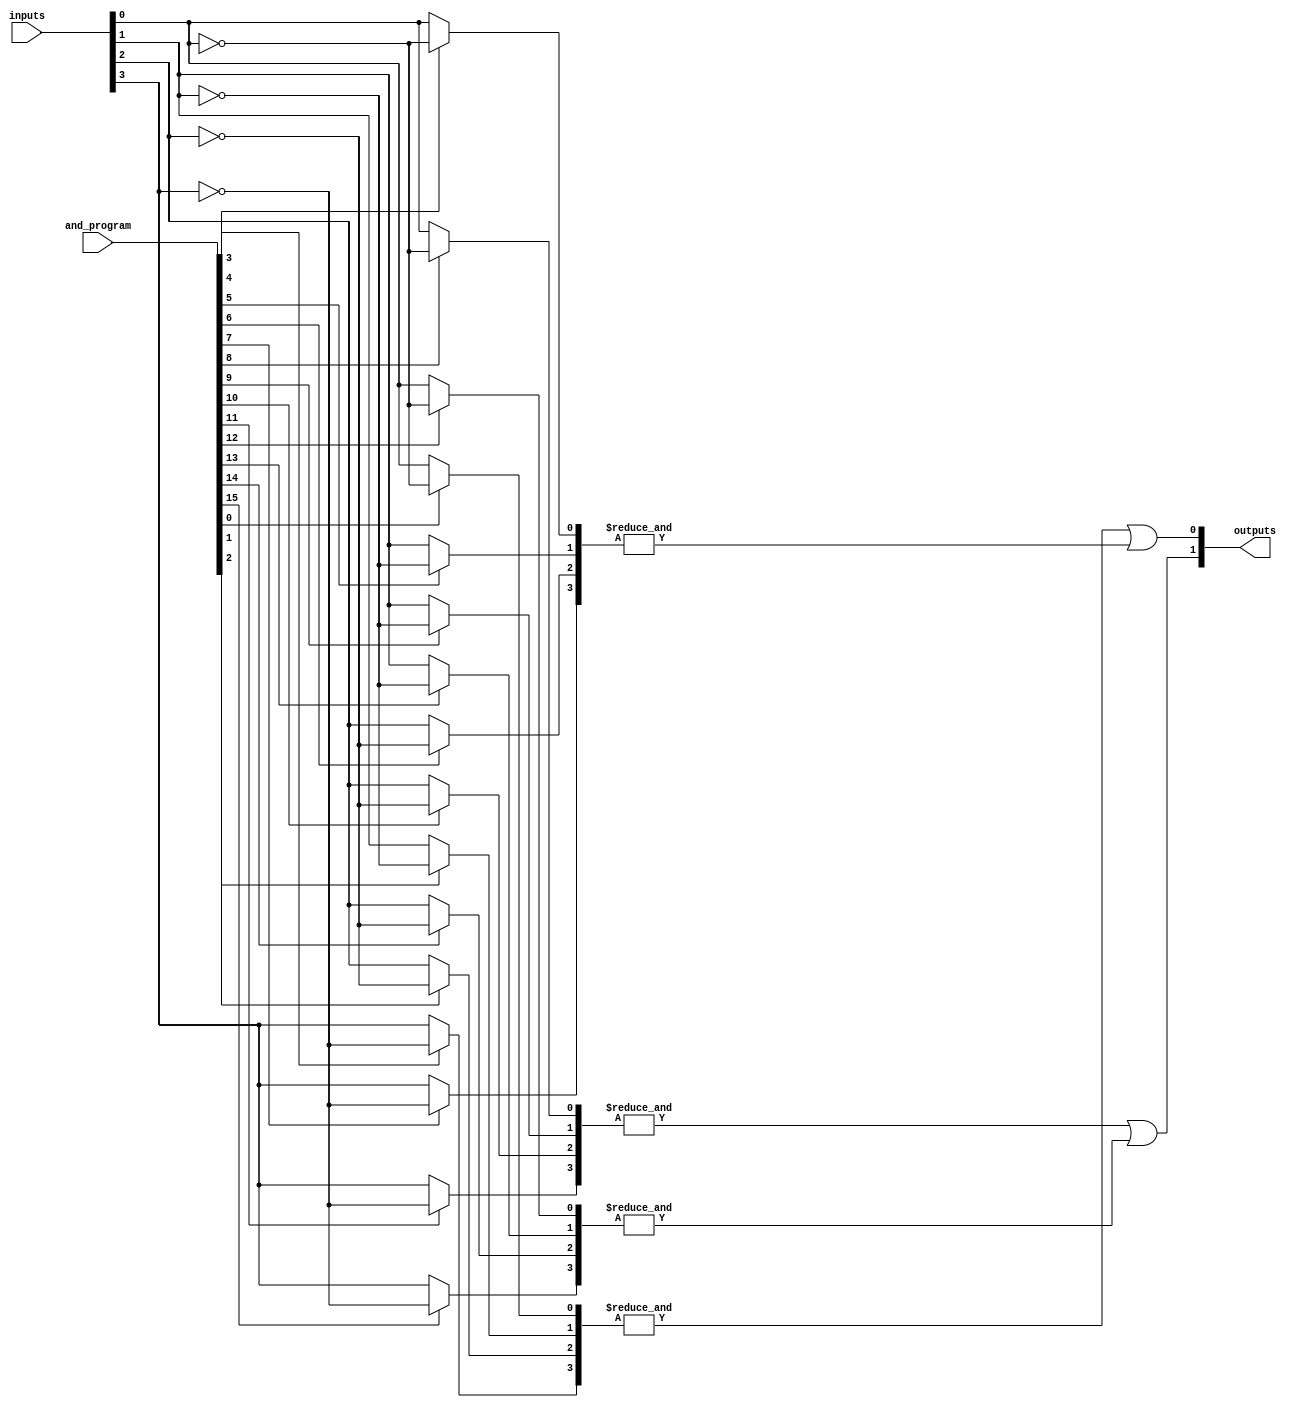
module GPAL #(
    parameter N = 4, // Number of inputs
    parameter M = 2, // Number of outputs
    parameter K = 4  // Number of AND gates
)(
    input  wire [N-1:0] inputs,         // Input signals
    input  wire [K*N-1:0] and_program,  // Programming signals for AND gates
    output wire [M-1:0] outputs         // Output signals
);

// Internal wires for AND gate outputs
wire [K-1:0] and_out;

// Generate AND gates
genvar i, j;
generate
    for (i = 0; i < K; i = i + 1) begin : and_gates
        wire [N-1:0] and_inputs;
        // Select inputs based on programming signals
        for (j = 0; j < N; j = j + 1) begin : input_selection
            assign and_inputs[j] = and_program[i*N + j] ? ~inputs[j] : inputs[j];
        end
        assign and_out[i] = &and_inputs; // AND operation
    end
endgenerate

// Fixed OR array (assuming M outputs)
assign outputs[0] = and_out[0] | and_out[1]; // Example OR logic for output 0
assign outputs[1] = and_out[2] | and_out[3]; // Example OR logic for output 1

endmodule